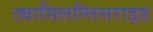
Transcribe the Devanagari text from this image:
ट्यासिलग्लिसराइड